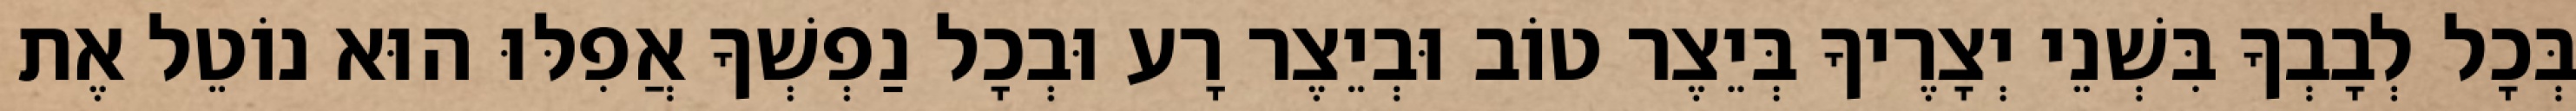
בְּכָל לְבָבְךָ בִּשְׁנֵי יְצָרֶיךָ בְּיֵצֶר טוֹב וּבְיֵצֶר רָע וּבְכָל נַפְשְׁךָ אֲפִלּוּ הוּא נוֹטֵל אֶת